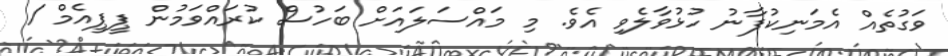
ވަގުތެއް އެމަނިކުފާނު ހުޅުވާލެވި އެވެ. މި މައްސަލައަށް ބަހުސް ކުރައްވަމުން ޕީޕީއެމް /